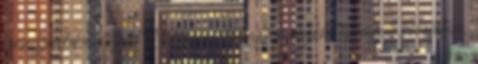
versenyre kelve a széllel. Energiáim örvénylő morajként tekeregtek körülöttem,